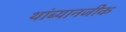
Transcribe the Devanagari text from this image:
थांब्यानजीक